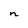
Character: n